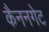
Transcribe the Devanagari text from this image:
कैननगेट